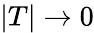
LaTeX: |T|\xrightarrow{}0